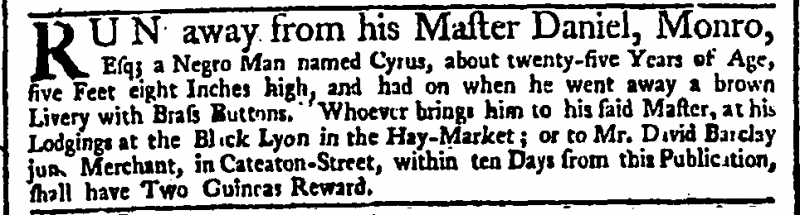
Daily Advertiser, 23 February 1744 (England)
RUN away from his Master Daniel, Monro, Esq; a Negro Man named Cyrus, about twenty-five Years of Age, five Feet eight Inches high, and had on when he went away a brown Livery with Brass Buttons. Whoever brings him to his said Master, at his Lodgings at the Black Lyon in the Hay-Market; or to Mr. David Barclay jun. Merchant, in Cateaton-Street, within ten Days from this Publication, shall have Two Guineas Reward.